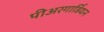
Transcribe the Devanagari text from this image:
पीअरगार्डियन